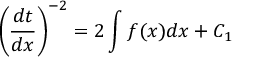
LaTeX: \left( { \frac { d t } { d x } } \right) ^ { - 2 } = 2 \int f ( x ) d x + C _ { 1 }